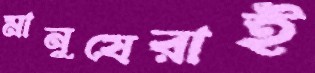
মানুষেরাই